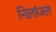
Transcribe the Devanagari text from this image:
निलांजल